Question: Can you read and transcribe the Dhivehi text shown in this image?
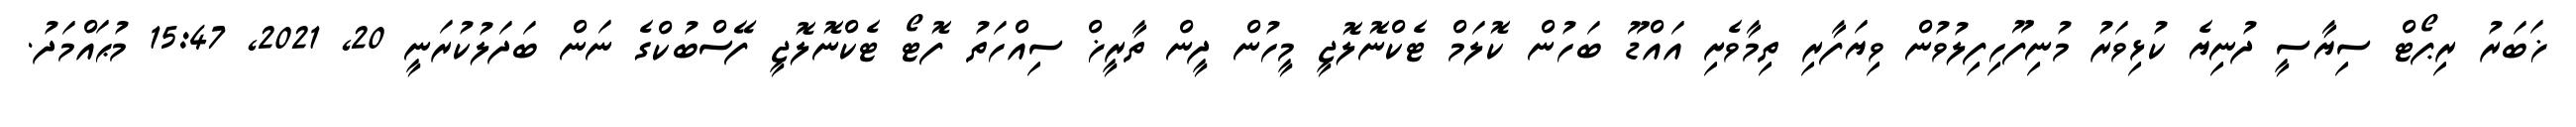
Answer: ޚަބަރު ރިޕޯޓް ސިޔާސީ ދުނިޔެ ކުޅިވަރު މުނިފޫހިފިލުވުން ވިޔަފާރި ތިމާވެށި އައްޑޫ ބަހުން ކޮލަމް ޓެކްނޮލޮޖީ މީހުން ދީން ތާރީޚް ސިއްހަތު ފޮޓޯ ޓެކްނޮލޮޖީ ފޭސްބުކްގެ ނަން ބަދަލުކުރަނީ 20, 2021, 15:47 މުޙައްމަދު.